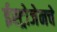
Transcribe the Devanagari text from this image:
ईस्ट्रोजेनचे